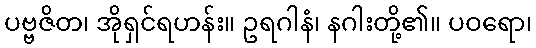
ပဗ္ဗဇိတ၊ အိုရှင်ရဟန်း။ ဥရဂါနံ၊ နဂါးတို့၏။ ပဝရော၊